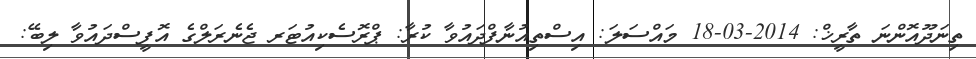
ތިނަދޫއޮންނަ ތާރީޚް: 2014-03-18 މައްސަލަ: އިސްތިއުނާފްދައުވާ ކުރާ: ޕްރޮސެކިއުޓަރ ޖެނެރަލްގެ އޮފީސްދައުވާ ލިބޭ: